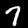
Digit: 7